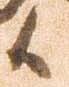
候